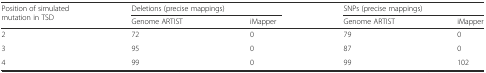
<table><thead><tr><td rowspan="2"><b>Position of simulated mutation in TSD</b></td><td colspan="2"><b>Deletions (precise mappings)</b></td><td colspan="2"><b>SNPs (precise mappings)</b></td></tr><tr><td><b>Genome ARTIST</b></td><td><b>iMapper</b></td><td><b>Genome ARTIST</b></td><td><b>iMapper</b></td></tr></thead><tbody><tr><td>2</td><td>72</td><td>0</td><td>79</td><td>0</td></tr><tr><td>3</td><td>95</td><td>0</td><td>87</td><td>0</td></tr><tr><td>4</td><td>99</td><td>0</td><td>99</td><td>102</td></tr></tbody></table>